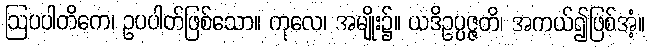
ဩပပါတိကေ၊ ဥပပါတ်ဖြစ်သော။ ကုလေ၊ အမျိုး၌။ ယဒိဥပ္ပဇ္ဇတိ၊ အကယ်၍ဖြစ်အံ့။